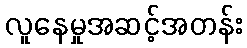
လူနေမှုအဆင့်အတန်း